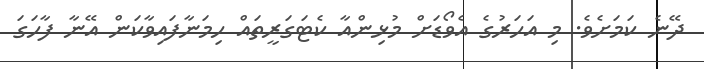
ދޭނެ ކަމަށެވެ. މި އަހަރުގެ އެވޯޑަށް މުޅިންއާ ކެޓަގަރީތައް ހިމަނާފައިވާކަން އޭނާ ފާހަގަ